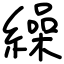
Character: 繰